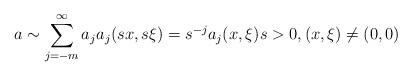
LaTeX: \begin{align*} a\sim \sum_{j=-m}^\infty a_ja_j(s x,s \xi)=s^{-j}a_j(x,\xi) s>0, (x,\xi)\ne (0,0)\end{align*}